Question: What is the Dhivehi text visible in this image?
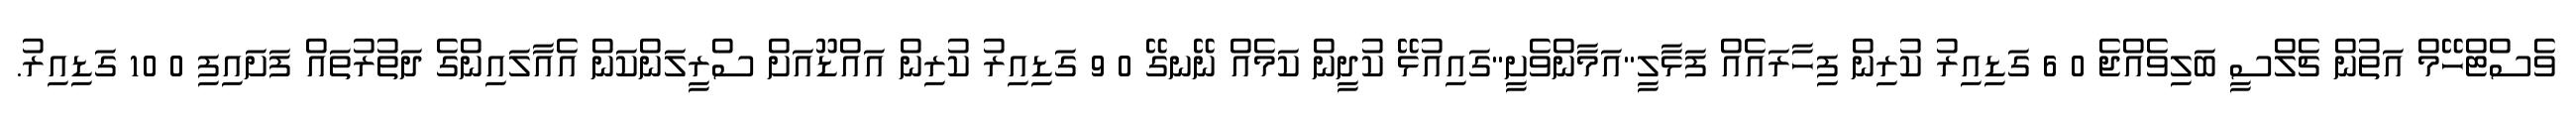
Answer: ވެސްޓްހޭމް އަތުން ޗެލްސީ ބަލިވެއްޖެ 0 6 ގަޑިއިރު ކުރިން ފިހާރައެއް ފަޅާލީ"އަމާންވެށީ"ގައިއުޅޭ ކުދީން ކަމެއް ނޭނގޭ 0 9 ގަޑިއިރު ކުރިން އައްޑޫއަށް ސްރީލަންކަން އެއާލައިންގެ ދަތުރުތައް ފަށައިފި 0 10 ގަޑިއިރު.